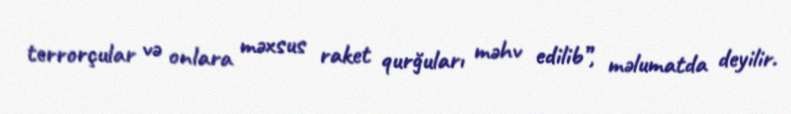
terrorçular və onlara məxsus raket qurğuları məhv edilib”, məlumatda deyilir.